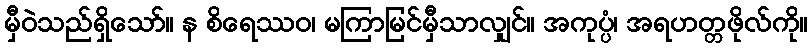
မှီဝဲသည်ရှိသော်။ န စိရေဿဝ၊ မကြာမြင်မှီသာလျှင်။ အကုပ္ပံ၊ အရဟတ္တဖိုလ်ကို။